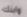
وابنك